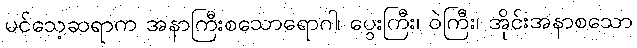
မင်သေ့ဆရာက အနာကြီးစသောရောဂါ၊ ပွေးကြီး၊ ဝဲကြီး၊ အိုင်းအနာစသော